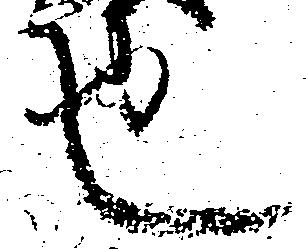
也